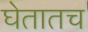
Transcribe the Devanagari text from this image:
घेतातच